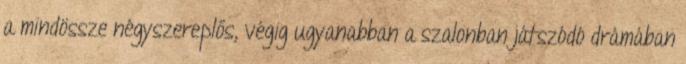
a mindössze négyszereplős, végig ugyanabban a szalonban játszódó drámában